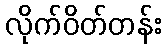
လိုက်ဝိတ်တန်း